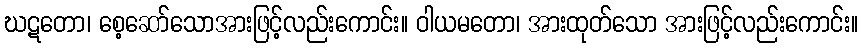
ဃဋတော၊ စေ့ဆော်သောအားဖြင့်လည်းကောင်း။ ဝါယမတော၊ အားထုတ်သော အားဖြင့်လည်းကောင်း။